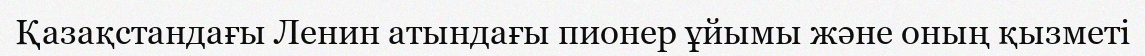
Қазақстандағы Ленин атындағы пионер ұйымы және оның қызметі